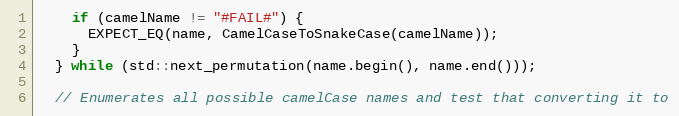
Language: C++
    if (camelName != "#FAIL#") {
      EXPECT_EQ(name, CamelCaseToSnakeCase(camelName));
    }
  } while (std::next_permutation(name.begin(), name.end()));

  // Enumerates all possible camelCase names and test that converting it to